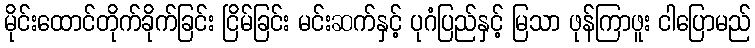
မိုင်းထောင်တိုက်ခိုက်ခြင်း ငြိမ်ခြင်း မင်းဆက်နှင့် ပုဂံပြည်နှင့် မြသာ ဖုန်ကြာဖူး ငါပြောမည်